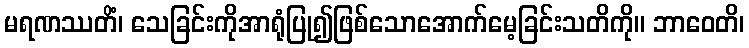
မရဏဿတိံ၊ သေခြင်းကိုအာရုံပြု၍ဖြစ်သောအောက်မေ့ခြင်းသတိကို။ ဘာဝေတိ၊